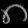
Digit: ၈